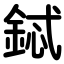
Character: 鋱